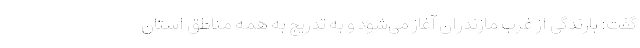
گفت: بارندگی از غرب مازندران آغاز می‌شود و به تدریج به همه مناطق استان